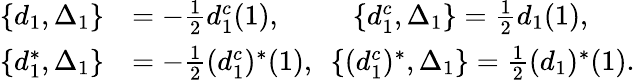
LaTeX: \begin{array}{rl}{\{ d_{1},\Delta_{1}\} }&{=-\frac 12d_{1}^{c}(1),\ \ \ \ \ \ \ \ \ \ \{ d_{1}^{c},\Delta_{1}\} =\frac 12d_{1}(1),}\\ {\{ d_{1}^{*},\Delta_{1}\} }&{=-\frac 12(d_{1}^{c})^{*}(1),\ \ \{ (d_{1}^{c})^{*},\Delta_{1}\} =\frac 12(d_{1})^{*}(1).}\end{array}